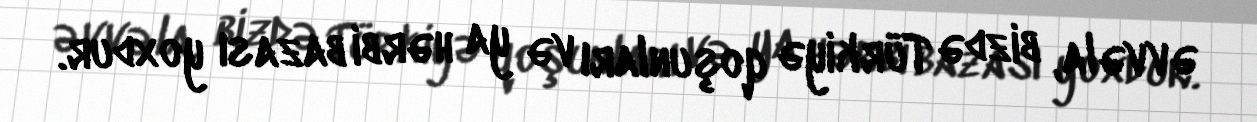
əvvəla, bizdə Türkiyə qoşunları və ya hərbi bazası yoxdur.